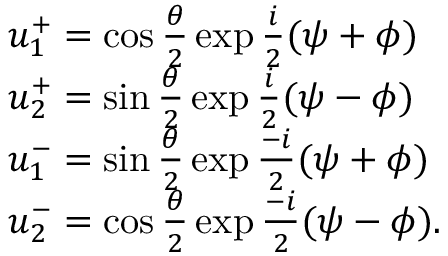
\begin{array} { l c r } { { u _ { 1 } ^ { + } = \cos { \frac { \theta } { 2 } } \exp { \frac { i } { 2 } } ( \psi + \phi ) } } \\ { { u _ { 2 } ^ { + } = \sin { \frac { \theta } { 2 } } \exp { \frac { i } { 2 } } ( \psi - \phi ) } } \\ { { u _ { 1 } ^ { - } = \sin { \frac { \theta } { 2 } } \exp { \frac { - i } { 2 } } ( \psi + \phi ) } } \\ { { u _ { 2 } ^ { - } = \cos { \frac { \theta } { 2 } } \exp { \frac { - i } { 2 } } ( \psi - \phi ) . } } \end{array}